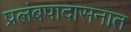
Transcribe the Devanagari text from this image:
प्रलंबपादासनात